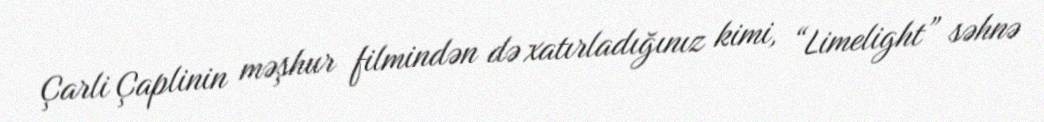
Çarli Çaplinin məşhur filmindən də xatırladığınız kimi, “Limelight” səhnə